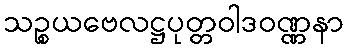
သဉ္စယဗေလဋ္ဌပုတ္တဝါဒဝဏ္ဏနာ